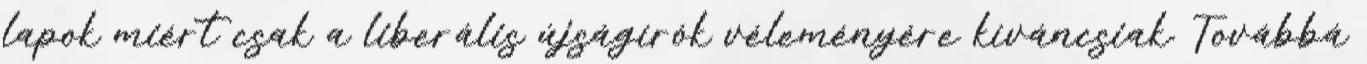
lapok miért csak a liberális újságírók véleményére kíváncsiak. Továbbá